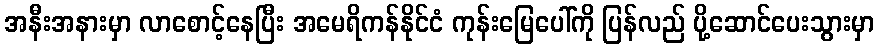
အနီးအနားမှာ လာစောင့်နေပြီး အမေရိကန်နိုင်ငံ ကုန်းမြေပေါ်ကို ပြန်လည် ပို့ဆောင်ပေးသွားမှာ